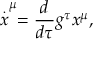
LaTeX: \stackrel { . } { x } ^ { \mu } = \frac { d } { d \tau } g ^ { \tau } x ^ { \mu } ,